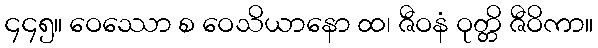
၄၄၅။ ဝေဿော စ ဝေသိယာနော ထ၊ ဇီဝနံ ဝုတ္တိ ဇီဝိကာ။